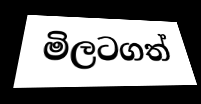
මිලටගත්